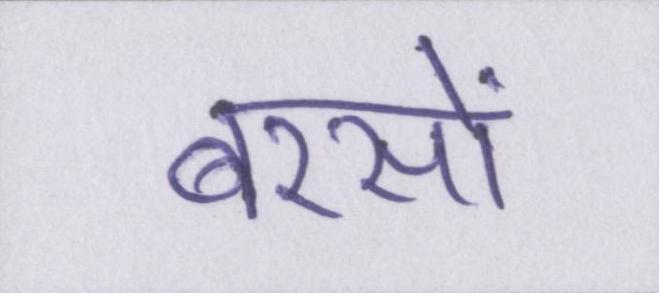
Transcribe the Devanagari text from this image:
बरसों